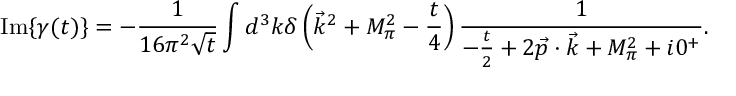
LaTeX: \mathrm { I m } \{ \gamma ( t ) \} = - \frac { 1 } { 1 6 \pi ^ { 2 } \sqrt { t } } \int d ^ { 3 } k \delta \left( \vec { k } ^ { 2 } + M _ { \pi } ^ { 2 } - \frac { t } { 4 } \right) \frac { 1 } { - \frac { t } { 2 } + 2 \vec { p } \cdot \vec { k } + M _ { \pi } ^ { 2 } + i 0 ^ { + } } .